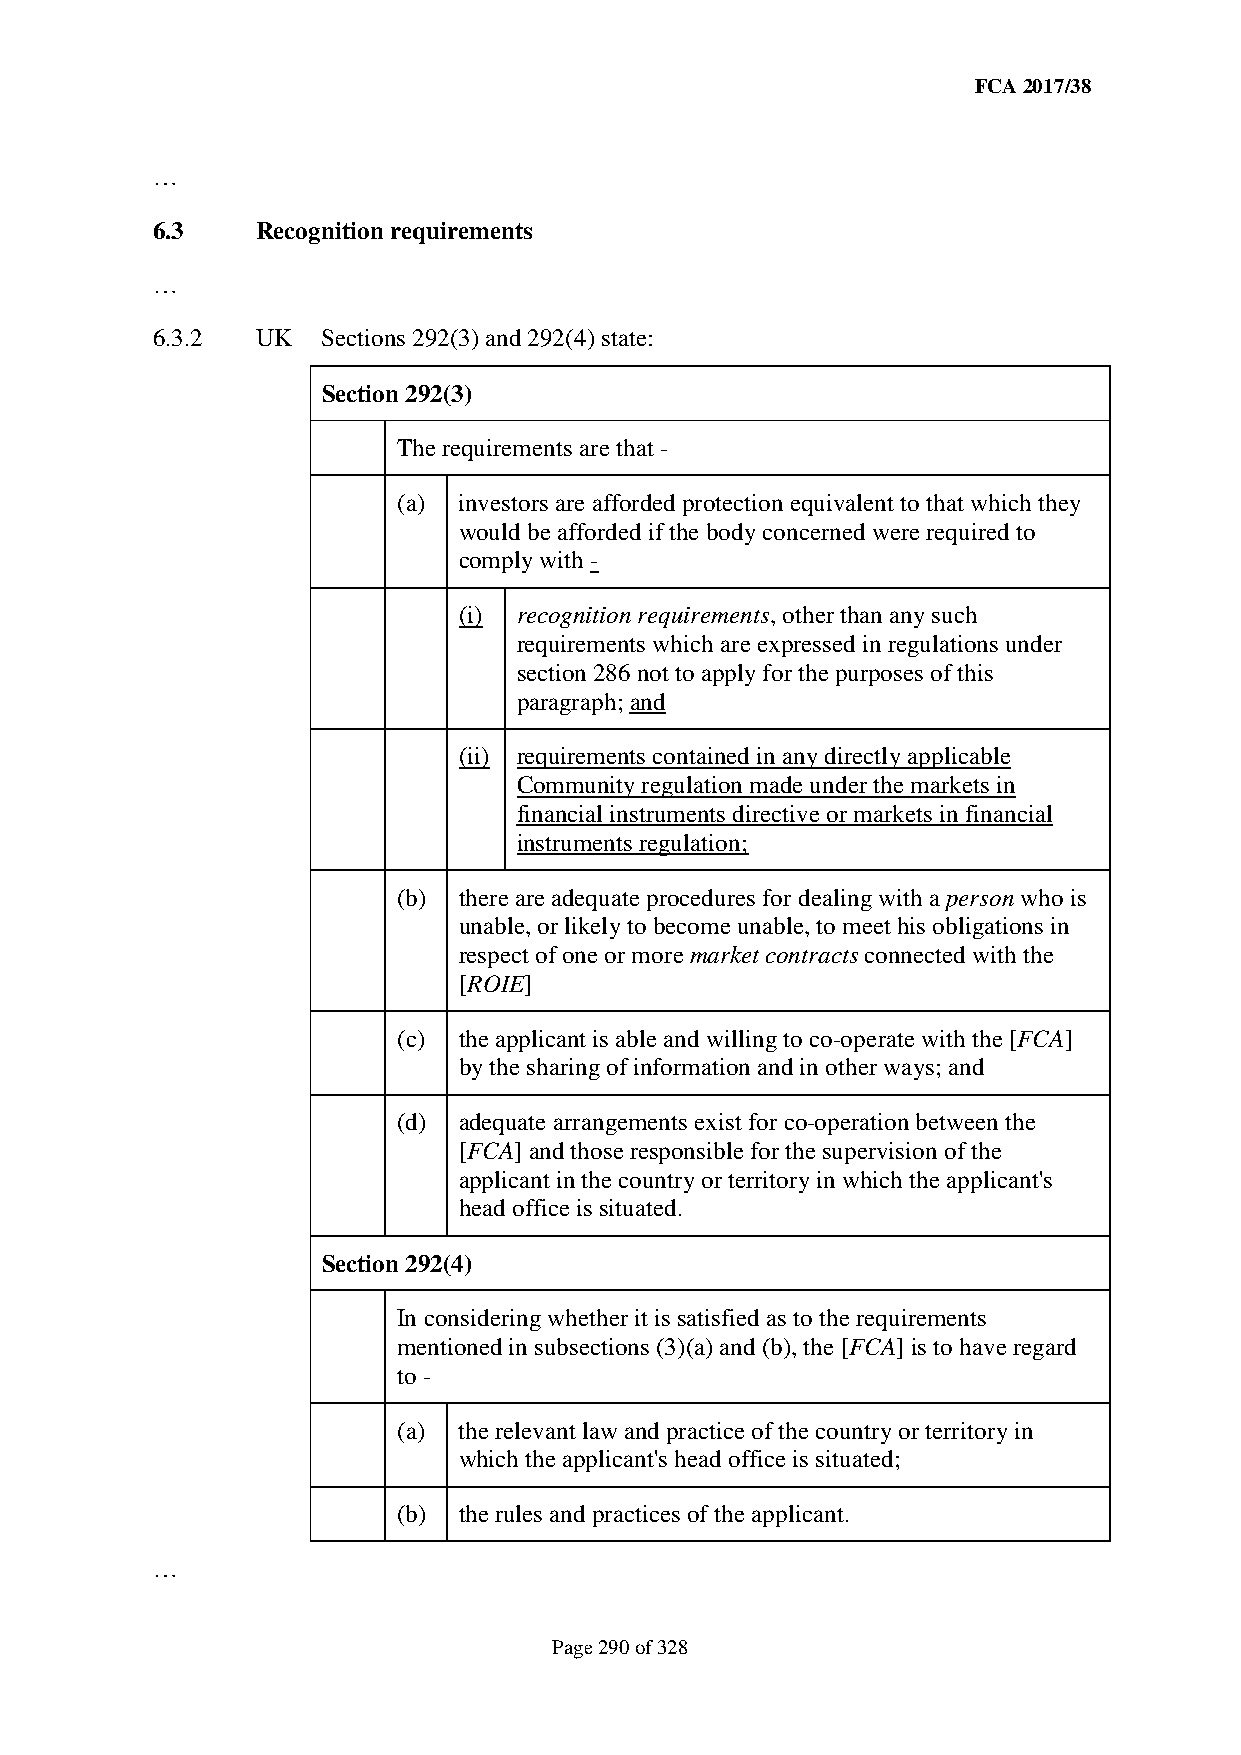
FCA 2017/38
 …
 6.3    Recognition requirements
 …
 6.3.2  UK  Sections 292(3) and 292(4) state:
 Section 292(3)
 The requirements are that -
 (a) investors are afforded protection equivalent to that which they
 would be afforded if the body concerned were required to
 comply with -
 (i) recognition requirements, other than any such
 requirements which are expressed in regulations under
 section 286 not to apply for the purposes of this
 paragraph; and
 (ii) requirements contained in any directly applicable
 Community regulation made under the markets in
 financial instruments directive or markets in financial
 instruments regulation;
 (b) there are adequate procedures for dealing with a person who is
 unable, or likely to become unable, to meet his obligations in
 respect of one or more market contracts connected with the
 [ROIE]
 (c) the applicant is able and willing to co-operate with the [FCA]
 by the sharing of information and in other ways; and
 (d) adequate arrangements exist for co-operation between the
 [FCA] and those responsible for the supervision of the
 applicant in the country or territory in which the applicant's
 head office is situated.
 Section 292(4)
 In considering whether it is satisfied as to the requirements
 mentioned in subsections (3)(a) and (b), the [FCA] is to have regard
 to -
 (a) the relevant law and practice of the country or territory in
 which the applicant's head office is situated;
 (b) the rules and practices of the applicant.
 …
 Page 290 of 328